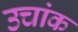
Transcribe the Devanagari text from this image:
उचांक